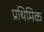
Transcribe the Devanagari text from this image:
प्रथिमिक